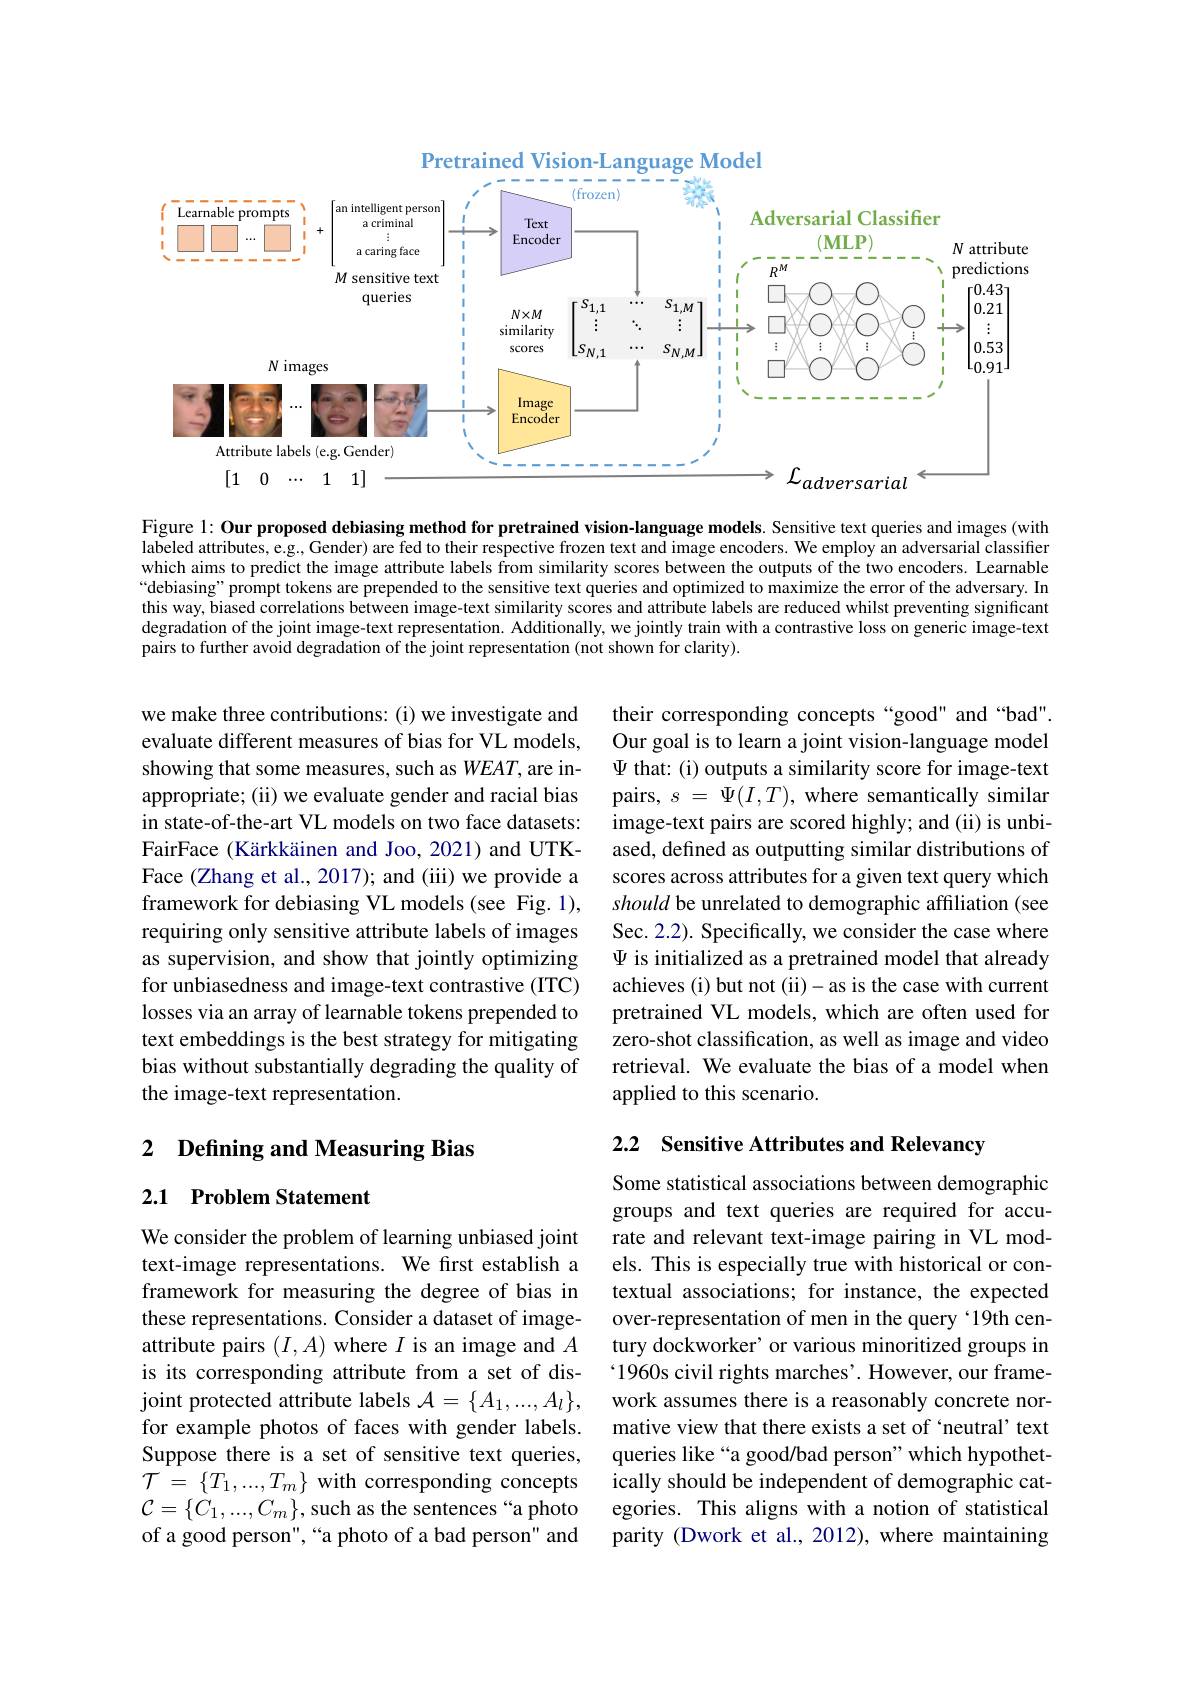
<FigureHere>

Figure 1: Our proposed debiasing method for pretrained vision-language models. Sensitive text queries and images (with labeled attributes, e.g, Gender) are fed to their respective frozen text and image encoders. We employ an adversarial classifier which aims to predict the image attribute labels from similarity scores between the outputs of the two encoders. Learnable “debiasing”prompt tokens are prepended to the sensitive text queries and optimized to maximize the error of the adversary. In this way, biased correlations between image-text similarity scores and attribute labels are reduced whilst preventing significant degradation of the joint image-text representation. Additionally, we jointly train with a contrastive loss on generic image-text pairs to further avoid degradation of the joint representation (not shown for clarity).

their corresponding concepts “good" and“bad”. Our goal is to learn a joint vision-language model $\Psi$ that: (i) outputs a similarity score for image-text pairs, $s=\Psi(I,T)$, where semantically similar image-text pairs are scored highly; and (ii) is unbiased, defined as outputting similar distributions of scores across attributes for a given text query which should be unrelated to demographic affiliation (see Sec. 2.2). Specifically, we consider the case where $\Psi$ is initialized as a pretrained model that already achieves (i) but not (ii)- as is the case with current pretrained VL models, which are often used for zero-shot classification, as well as image and video retrieval. We evaluate the bias of a model when applied to this scenario.

we make three contributions: (i) we investigate and evaluate different measures of bias for VL models, showing that some measures, such as WEAT, are inappropriate; (ii) we evaluate gender and racial bias in state-of-the-art VL models on two face datasets: FairFace (Kärkkäinen and Joo, 2021) and UTKFace (Zhang et al., 2017); and (iii) we provide a framework for debiasing VL models (see Fig. 1), requiring only sensitive attribute labels of images as supervision, and show that jointly optimizing for unbiasedness and image-text contrastive (ITC) losses via an array of learnable tokens prepended to text embeddings is the best strategy for mitigating bias without substantially degrading the quality of the image-text representation.

2.2 Sensitive Attributes and Relevancy

2 Defining and Measuring Bias

## 2.1 Problem Statement

Some statistical associations between demographic groups and text queries are required for accurate and relevant text-image pairing in VL models. This is especially true with historical or contextual associations; for instance, the expected over-representation of men in the query `19th century dockworker' or various minoritized groups in $`1960$s civil rights marches'. However, our framework assumes there is a reasonably concrete normative view that there exists a set of ‘neutral’ text queries like“a good/bad person”which hypothetically should be independent of demographic categories. This aligns with a notion of statistical parity (Dwork et al., 2012), where maintaining

We consider the problem of learning unbiased joint text-image representations. We first establish a framework for measuring the degree of bias in these representations. Consider a dataset of imageattribute pairs $(I,A)$ where $I$ is an image and $A$ is its corresponding attribute from a set of disjoint protected attribute labels $\mathcal{A}=\{A_1,...,A_l\}$, for example photos of faces with gender labels. Suppose there is a set of sensitive text queries, $\mathcal{T}=\{T_1,...,T_m\}$ with corresponding concepts $\mathcal{C}=\{\dot{C}_1,...,C_m\}$,such as the sentences“a photo of a good person", “a photo of a bad person" and